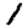
Digit: 1